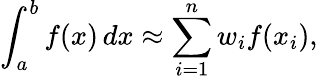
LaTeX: \int_{a}^{b}f(x)\, dx\approx\sum_{i=1}^{n}w_{i}f(x_{i}),